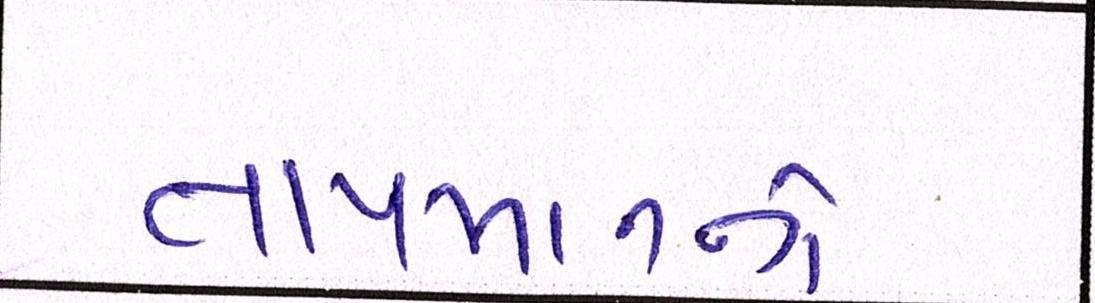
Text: તાપમાનનો